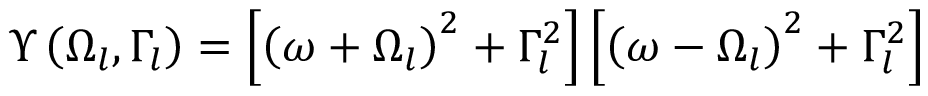
{ \Upsilon \left( { { \Omega } _ { l } } , { { \Gamma } _ { l } } \right) = \left[ { { \left( \omega + { { \Omega } _ { l } } \right) } ^ { 2 } } + \Gamma _ { l } ^ { 2 } \right] \left[ { { \left( \omega - { { \Omega } _ { l } } \right) } ^ { 2 } } + \Gamma _ { l } ^ { 2 } \right] }